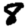
Digit: 8